Scottish Leaving Certificate Examination, 1956
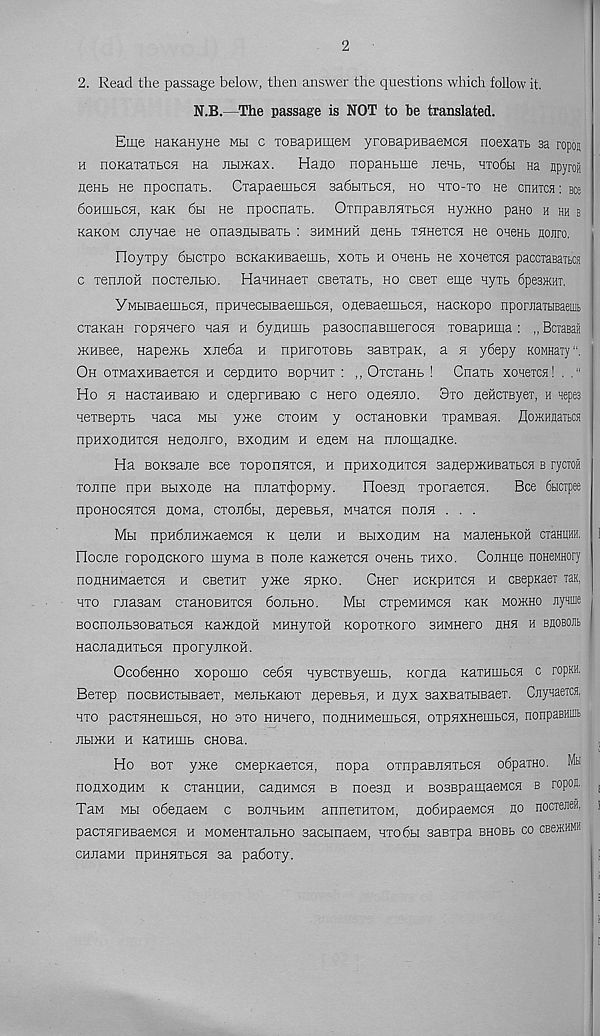
2
2. Read the passage below, then answer the questions which follow it.
N.B.—The passage is NOT to be translated.
Eiqe HaKanyHe mli c TOBapHiyeM yroBapHBaeMCH noexarb sa ropoj
n noKaxaTBCH na ntuKax.
Hano nopanbine nenb, hxo6h na npyroj
neHb He npocnaxb. Cxapaembcn sadbixbCH, ho hxo-xo ne cnmcs: Bee
boHiiibCH, KaK 6bi He npocnaxb. OxnpaBjTHTbcn Hy>KHO pano h hh b
KaKOM cnynae He onasnbieaxb : bhmhhh nenb xHHexcn He oaeHb nojiro,
Ooyxpy 6bicxpo BCKaKHBaemb, xoxb h onenb He xonexca paccTaBaibra
c xennoh nocxenbio. HanHHaex ceexaxb, ho ceex eme nyxb 6pe3>KHT.
YMbiBaembcn, npHHecbiBaembcn, oneBaembcn, HacKopo nporjiaibiBaeuib
cxanan ropnaero nan h bynHiiib paBocnaBinerocn xosapHina : „ BciaBaS
>KHBee, Hapemb xjieba h npHroxoBb saBxpaK, a h y6epy KOMHaiy
Oh oxMHXHBaexcn h cepnHXO Bopunx : ,, OxcxaHb ! Cnaxb xoaeica! . ,‘ l
Ho n HacxaHBaio h CHepmsaio c Hero oneHJio. 3xo neHCTByex, h aepes
nexBepxb naca mh yme cxohm y ocxanoBKH xpawBan. floMHuam
npHxoHHxcn Henonro, bxohhm h eneM Ha nnomanKe.
Ha BOKsane see xoponnxcn, n npHXOHuxcn sanepjKHBaibca b rycTOii
xonne npn Bbixone Ha njiax^opwy.
OoesH xporaexcH.
Bee Sbicipee
npoHocHxcn noMa, exojibbi, nepeBbH, Mnaxcn hojih . . .
Mh npubjinmaeMcn k nejin h BbixoflHM na ManeHbKOH cxaHUHH, 1
Hocjie roponcKoro myMa b none Kaxeexcn onenb xhxo. CoiiHue noneMHory
nonHHMaexcn h cbbxhx yxee HpKO.
Cner hckphxch h cBepKaei xaK,
hxo ritasaM cxaHOBHxcn 6ojibHO.
Mh cxpeMHMcn Kan mojkho Jiyniue
BocnojibBOBaxbcn Kamnoh MUHyxofi Kopoxxoro BHMHero hhh h BHOBOJib
Hacjiannxbcn nporyjiKOH.
OcobeHHO xopomo ce6n HyBCXByemb, Koraa KaxHuibca c ropKH.
Bexep nocBHCxbisaex, MeiibKaiox nepeBbn, h nyx saxBaxbiBaex. CjayHaera,
hxo pacxHHembcn, ho axo HHnero, nojiHHMembCH, oxpHXHembCH, nonpaBHiub
JlbDKH H KaXHUIb CHOBa.
Ho box yxee CMepKaexcn, nopa oxnpaBnnxbCH odpaxHO. Mh
nOflXOHHM K CxaHUHH, CaflHMCH B n063H H BOSBpamaeMCH B ropoa, j
Tan Mbi obenaeM c BOJiHbHM annexHxoM, nobnpaeMcn no nocxeneH, i
pacxnraBaeMCH h MOMenxajibHO sacbinaeM, hxo6h sasxpa BHOBb co ceewHHH
CHJiaMH npHHnxbcn sa paboxy.